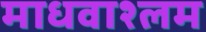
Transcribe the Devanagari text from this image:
माधवाश्लम